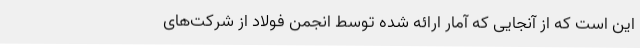
این است که از آنجایی که آمار ارائه شده توسط انجمن فولاد از شرکت‌های